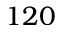
1 2 0